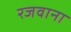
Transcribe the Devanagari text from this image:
रजवाना